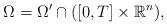
LaTeX: \begin{align*}\Omega =\Omega ^{\prime }\cap ([0,T]\times\mathbb{R}^{n}), \end{align*}